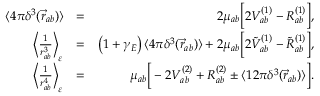
\begin{array} { r l r } { \langle 4 \pi \delta ^ { 3 } ( \vec { r } _ { a b } ) \rangle } & { = } & { 2 \mu _ { a b } \bigg [ 2 V _ { a b } ^ { ( 1 ) } - R _ { a b } ^ { ( 1 ) } \bigg ] , } \\ { \bigg \langle \frac { 1 } { r _ { a b } ^ { 3 } } \bigg \rangle _ { \varepsilon } } & { = } & { \left( 1 + \gamma _ { E } \right) \langle 4 \pi \delta ^ { 3 } ( \vec { r } _ { a b } ) \rangle + 2 \mu _ { a b } \bigg [ 2 \tilde { V } _ { a b } ^ { ( 1 ) } - \tilde { R } _ { a b } ^ { ( 1 ) } \bigg ] , } \\ { \bigg \langle \frac { 1 } { r _ { a b } ^ { 4 } } \bigg \rangle _ { \varepsilon } } & { = } & { \mu _ { a b } \bigg [ - 2 { V } _ { a b } ^ { ( 2 ) } + { R } _ { a b } ^ { ( 2 ) } \pm \langle 1 2 \pi \delta ^ { 3 } ( \vec { r } _ { a b } ) \rangle \bigg ] . } \end{array}